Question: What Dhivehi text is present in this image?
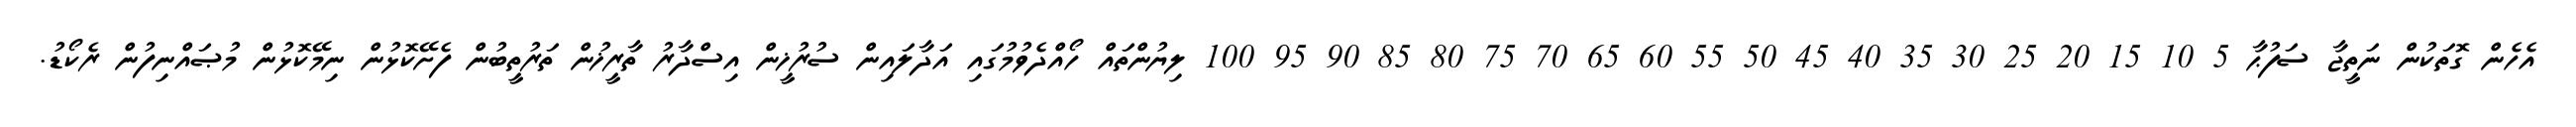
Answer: އެހެން ގޮތަކުން ނަތީޖާ ސަފުޙާ 5 10 15 20 25 30 35 40 45 50 55 60 65 70 75 80 85 90 95 100 ލިޔުންތައް ހޯއްދެވުމުގައި އަދާލައިން ސުރުޚީން އިސްދާރު ތާރީޚުން ތަރުތީބުން ފެށޭކޮޅުން ނިމޭކޮޅުން މުޞައްނިފުން ރެކޯޑު.